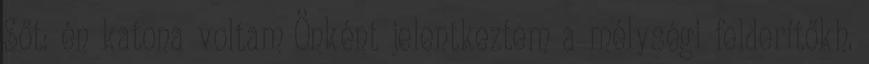
Sőt: én katona voltam Önként jelentkeztem a mélységi felderítőkh.